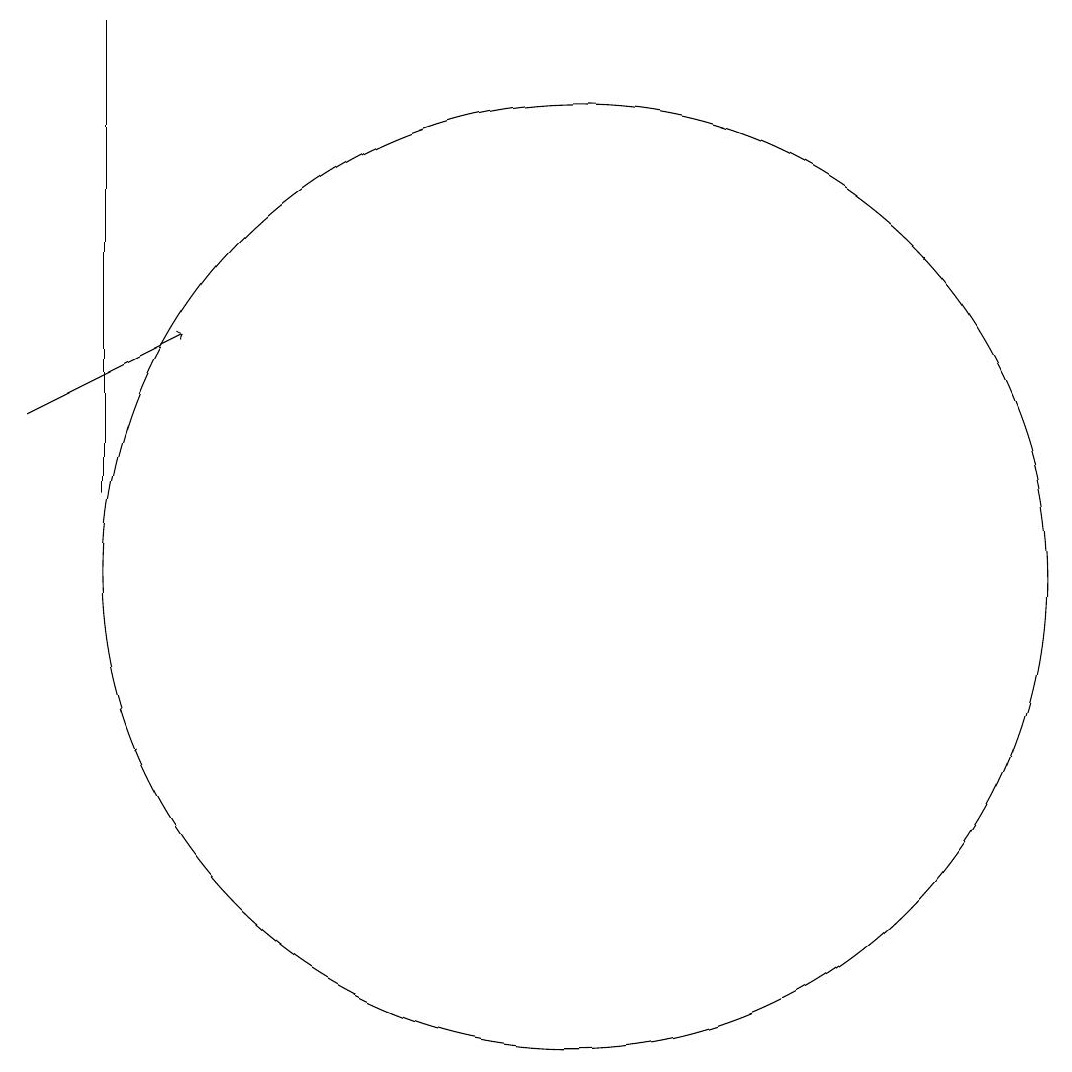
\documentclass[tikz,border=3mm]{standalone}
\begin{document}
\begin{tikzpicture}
\draw (4,11) rectangle (4,17);
\draw[->] (3,12) -- (5,13);
\draw (10,10) circle (6);
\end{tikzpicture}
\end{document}